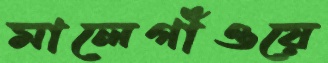
মালেগাঁওয়ে